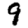
Digit: 9